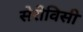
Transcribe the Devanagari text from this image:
सेरीविसी